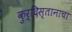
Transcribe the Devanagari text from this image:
कुर्दिस्तानाचा